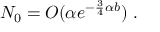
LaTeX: N _ { 0 } = O ( \alpha e ^ { - \frac { 3 } { 4 } \alpha b } ) \ .